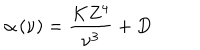
LaTeX: \alpha \left( \nu \right) = \frac { K Z ^ { 4 } } { \nu ^ { 3 } } + D